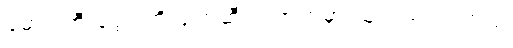
မောင်ကြီးရွှေဝါကို ဖျက်ဆီးတဲ့အထဲမှာ သူလည်း ပါတယ်